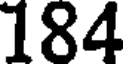
184